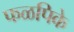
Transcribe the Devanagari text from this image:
फळपिके